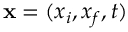
\mathbf { x } = ( x _ { i } , x _ { f } , t )